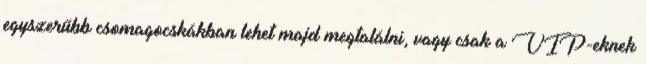
egyszerűbb csomagocskákban lehet majd megtalálni, vagy csak a VIP-eknek